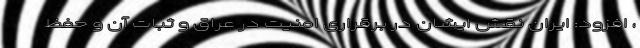
، افزود: ایران نقش ایشان در برقراری امنیت در عراق و ثبات آن و حفظ